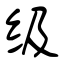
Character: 级